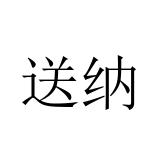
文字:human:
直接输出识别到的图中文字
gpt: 送纳